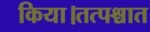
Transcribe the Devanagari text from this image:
किया।तत्पश्चात